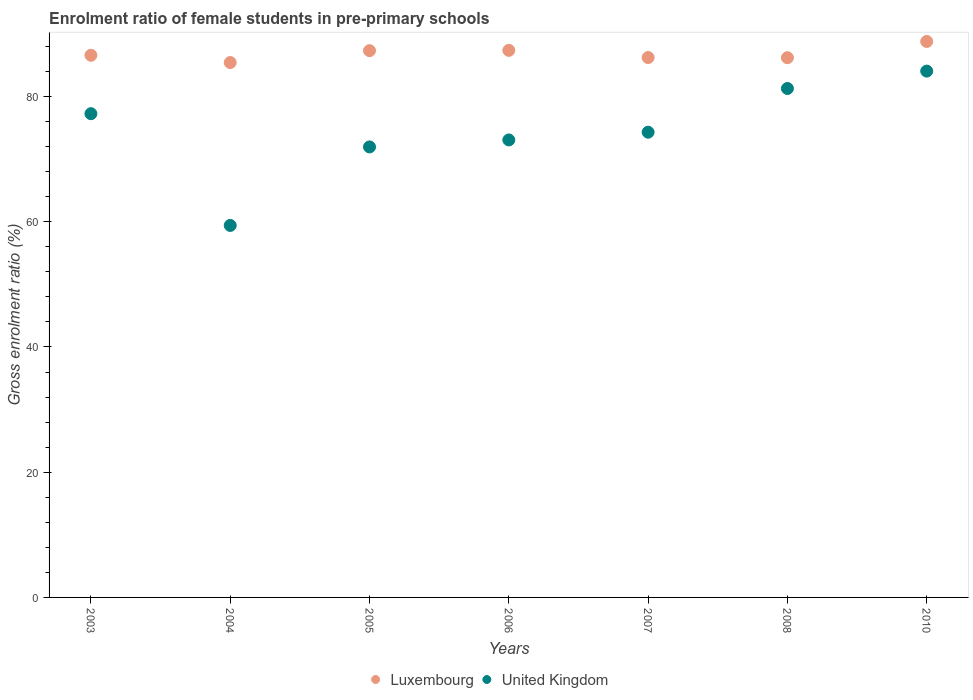
| Years | Luxembourg | United Kingdom |
 | --- | --- | --- |
 | 2003 | 86.6 | 77.3 |
 | 2004 | 85.4 | 59.4 |
 | 2005 | 87.3 | 71.9 |
 | 2006 | 87.4 | 73.1 |
 | 2007 | 86.2 | 74.3 |
 | 2008 | 86.2 | 81.3 |
 | 2010 | 88.8 | 84.1 |